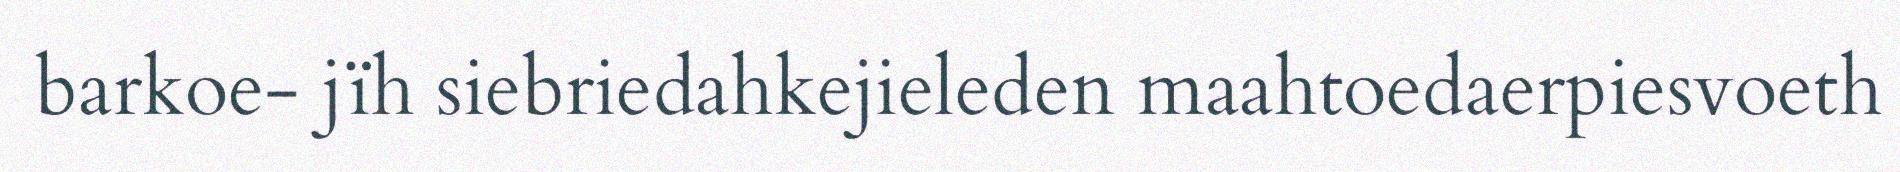
barkoe- jïh siebriedahkejieleden maahtoedaerpiesvoeth